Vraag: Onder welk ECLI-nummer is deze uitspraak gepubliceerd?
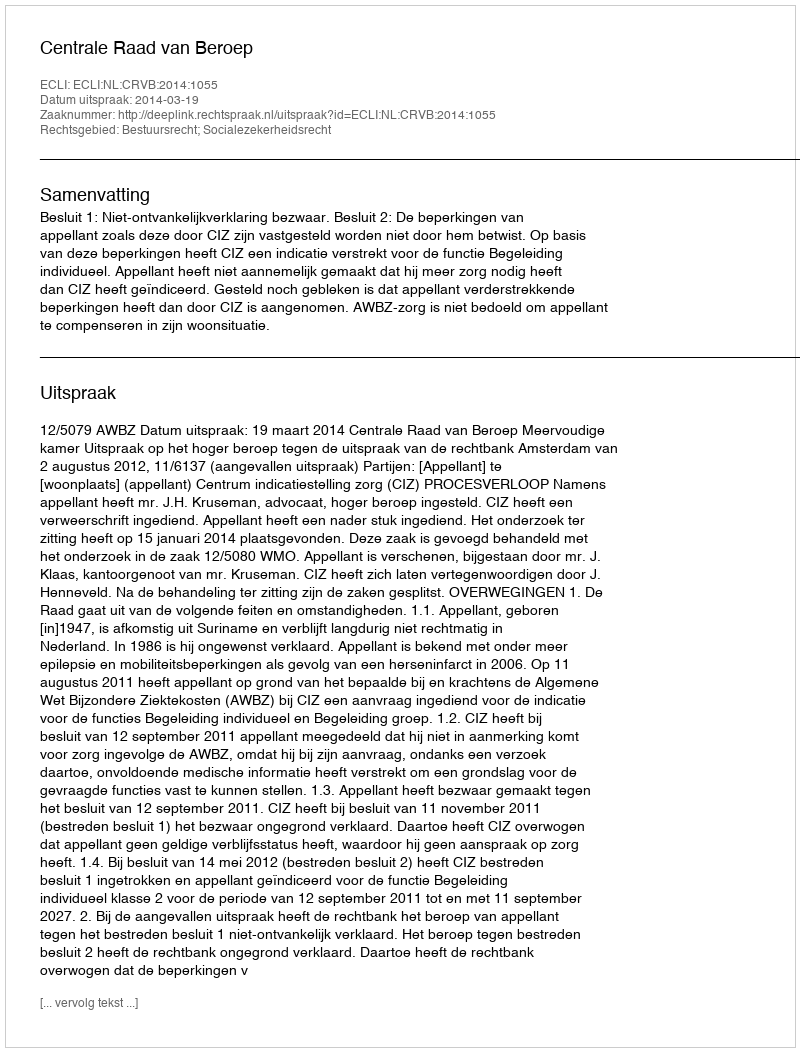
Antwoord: ECLI:NL:CRVB:2014:1055